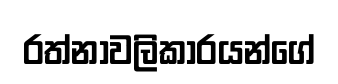
රත්නාවලිකාරයන්ගේ